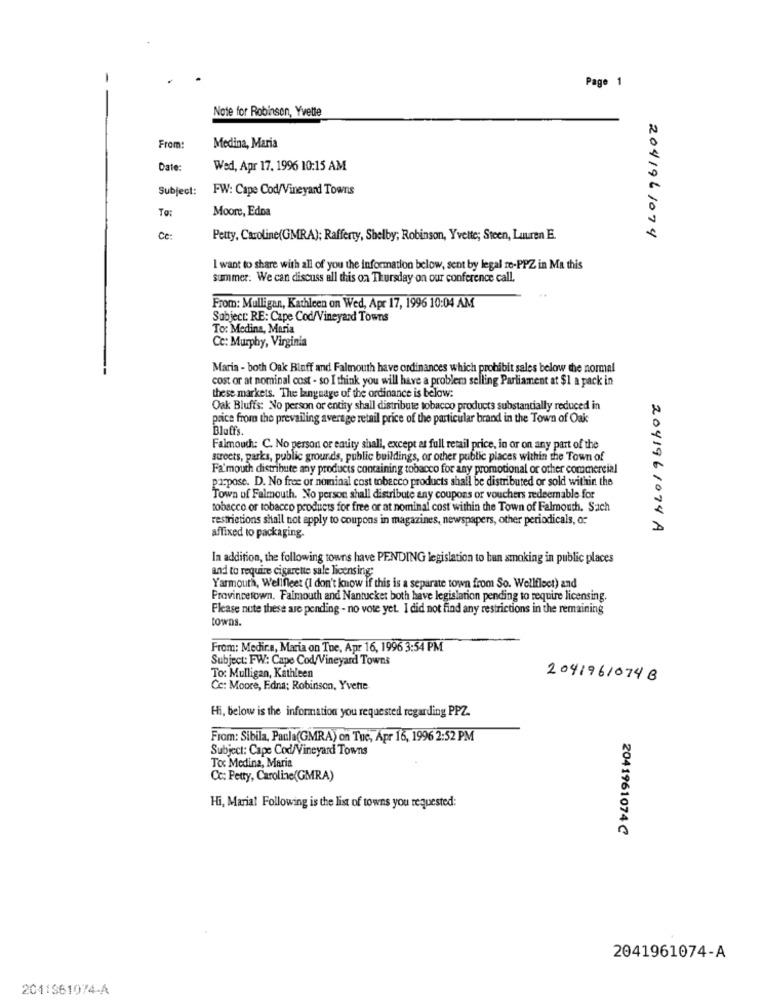
Page 1
Note for Robinson, Yvette
From:
Medina, Maria
Date:
Wed, Apr 17. 1996 10:15 AM
Subject:
FW: Cape Cod/Vineyard Towns
To:
Moore, Edna
Ce:
Petty, Caroline(GMRA); Rafferty, Shelby; Robinson, Yvette; Steen, Lauren E.
2041961074
I want to share with all of you the information below, sent by legal re-PPZ in Ma this
summer. We can discuss all this on Thursday on our conference call,
From: Mulligan, Kathleen on Wed, Apr 17, 1996 10:04 AM
Subject: RE: Cape Cod/Vineyard Towns
To: Medina, Maria
Cc: Murphy, Virginia
Maria - both Oak Bluff and Falmouth have ordinances which prohibit sales below the normal
cost or at nominal cost - so I think you will have a problem selling Parliament at $1 a pack in
these markets. The language of the ordinance is below:
Oak Bluffs: No person or entity shall distribute tobacco products substantially reduced in
price from the prevailing average retail price of the particular brand in the Town of Oak
Bluffs.
Falmouth: C. No person or entity shall, except at full retail price, in or on any part of the
streets, parks, public grounds, public buildings, or other public places within the Town of
Fa'mouth distribute any products containing tobacco for any promotional or other commercial
purpose. D. No free or nominal cost tobacco products shall be distributed or sold within the
Town of Falmouth. No person shall distribute any coupons or vouchers redeemable for
tobacco or tobacco products for free or at nominal cost within the Town of Falmouth, Saich
restrictions shall not apply to coupons in magazines, newspapers, other periodicals, or
2041961074 A
affixed to packaging.
In addition, the following towns have PENDING legislation to ban smoking in public places
and to require cigarette sale licensing;
Yarmouth, Wellfleet (I don't know if this is a separate town from So. Wellfleet) and
Provincetown. Falmouth and Nantucket both have legislation pending to require licensing.
Please note these are pending - no vote yet. I did not find any restrictions in the remaining
towns.
From: Medir.a, Maria on Toe, Apr 16, 1996 3:54 PM
Subject: FW: Cape Cod/Vineyard Towns
To: Mulligan, Kathleen
2041961074 B
Cc: Moore, Edna; Robinson, Yvette
Hi, below is the information you requested regarding PPZ.
From: Sibila, Paula(GMRA) on Tuc, Apr 16, 1996 2:52 PM
Subject: Cape Cod/Vineyard Towns
To Medina, Maria
Cc: Petty, Caroline(GMRA)
Hi, Marial Following is the list of towns you requested:
2041961074℃
2041961074-A
2011961074-A